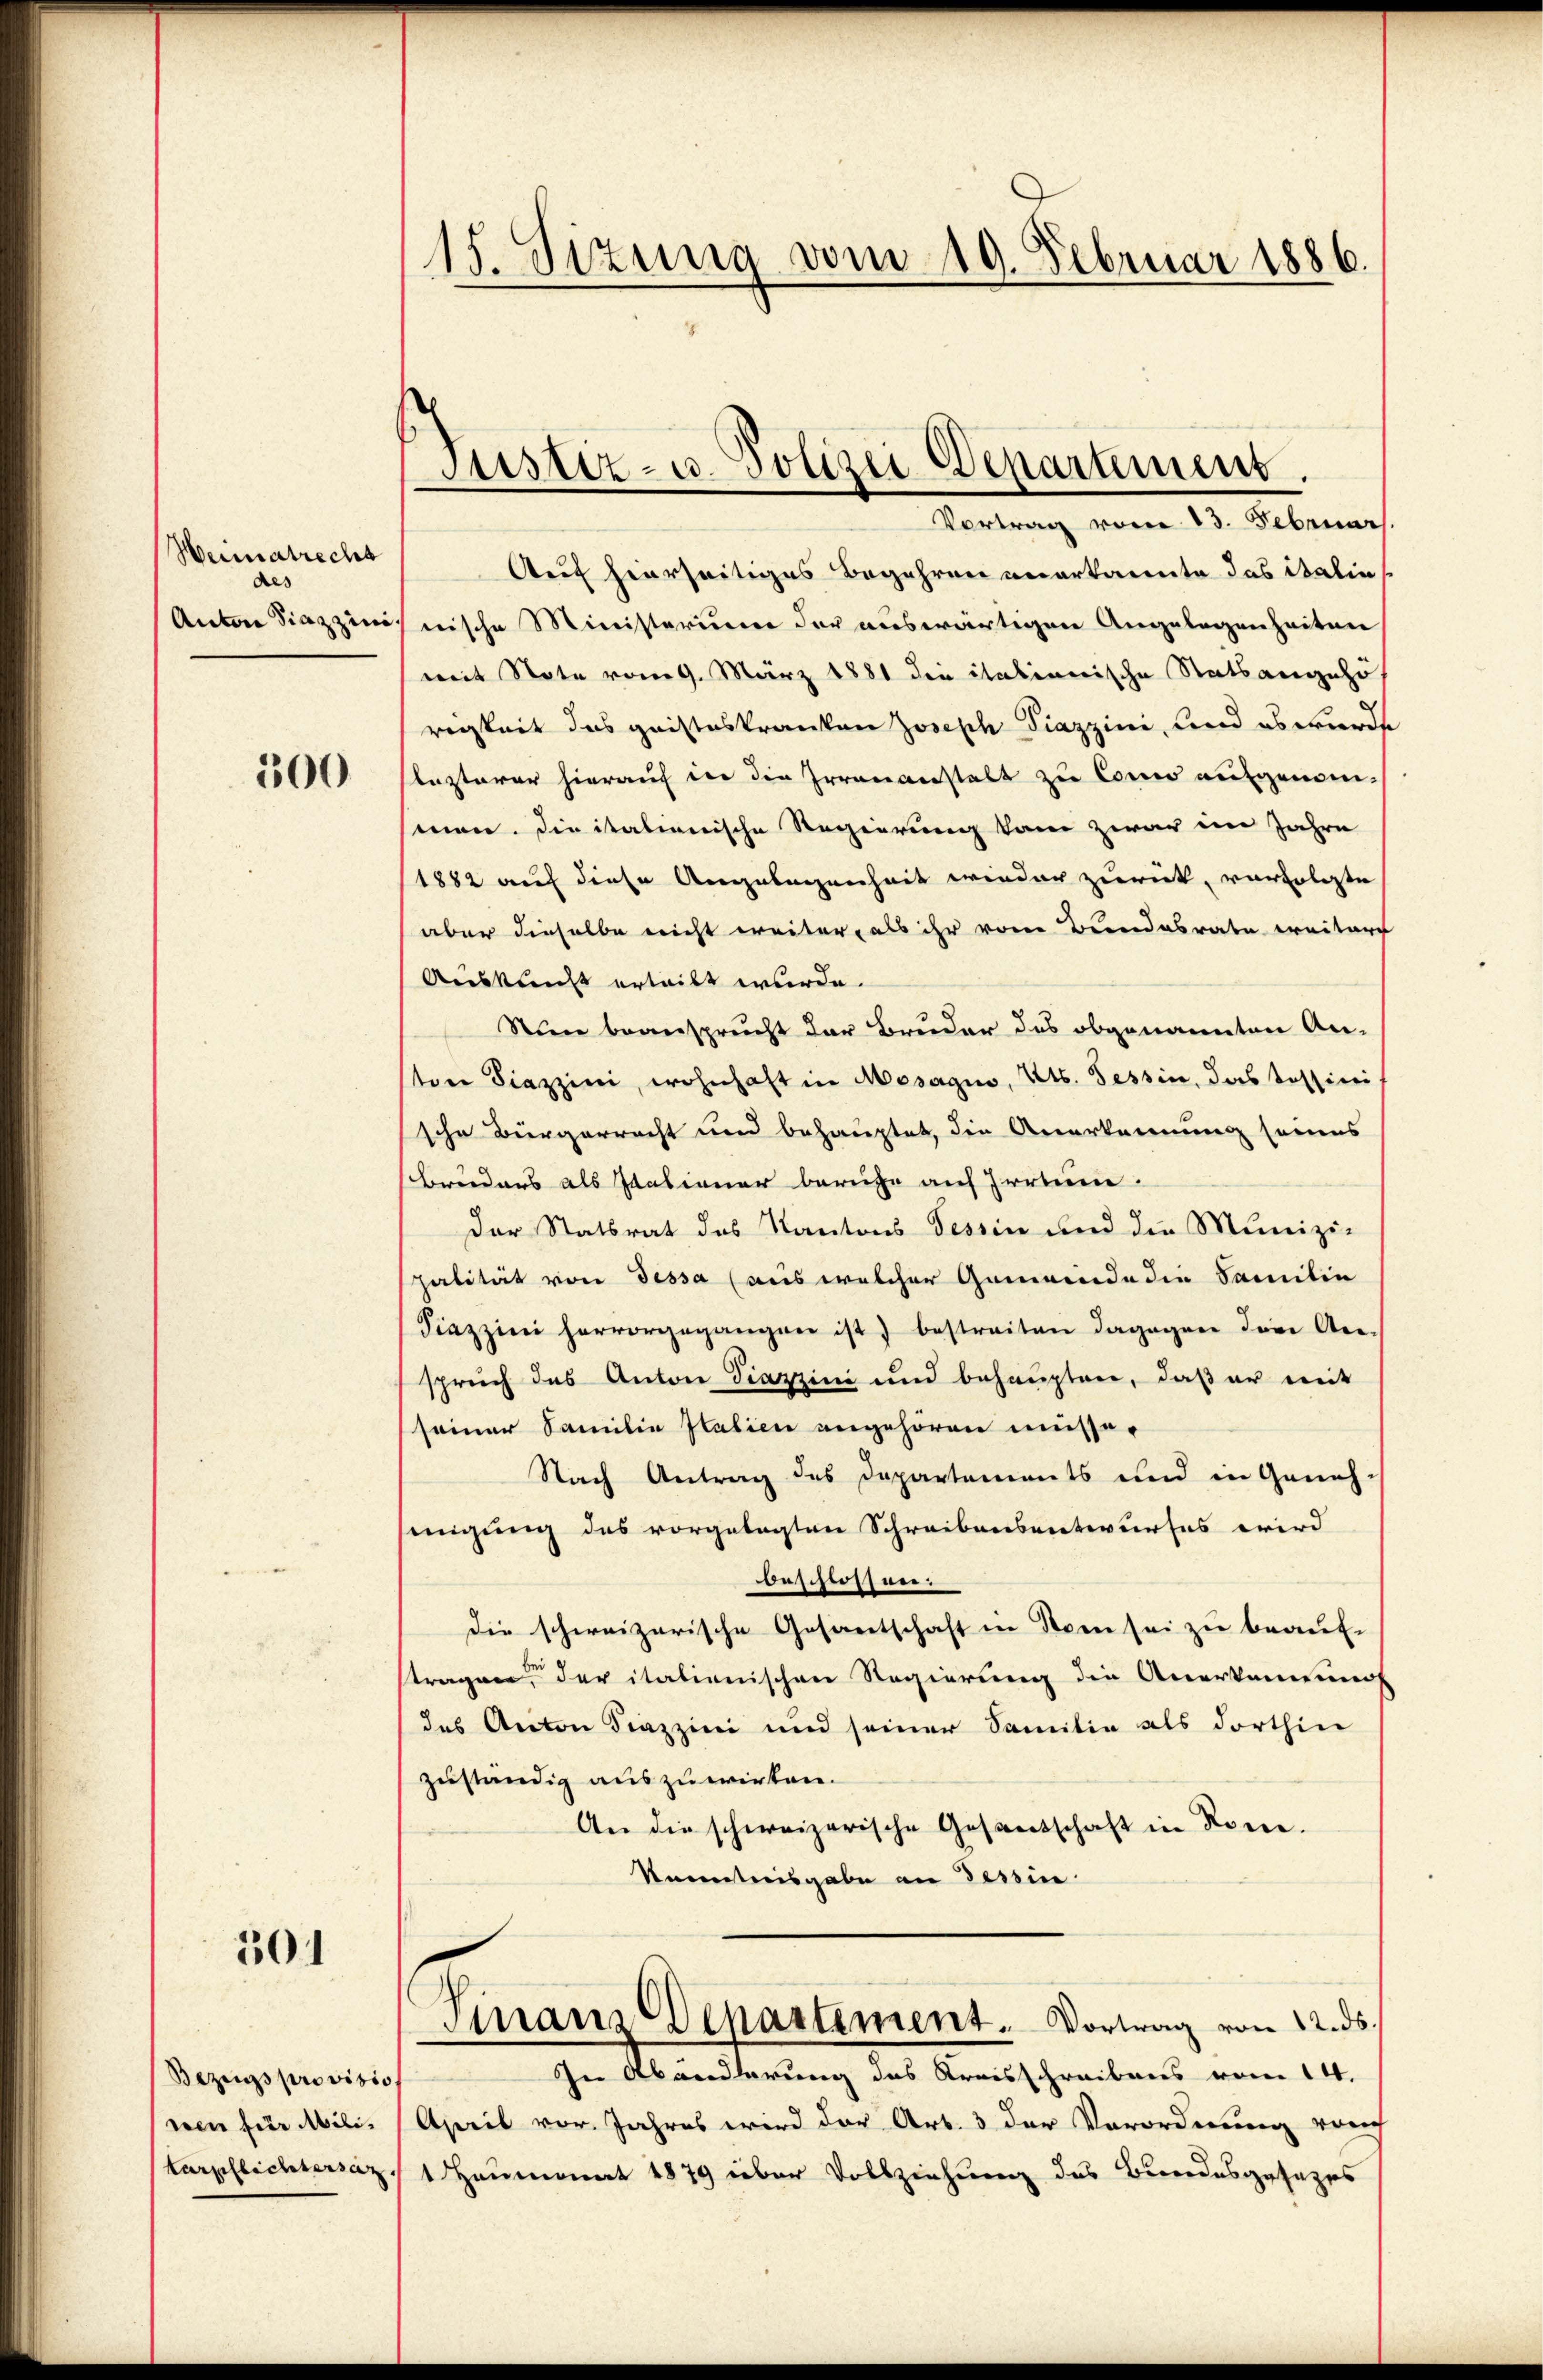
Weimatrecht
des
Anton Siazzini

300

301

Bezugs provisio
wen für Mili¬

15. Sizung vom 19. Februar 1886.

Auf hierseitiges Begehren anerkannte das italin
nische Ministerium der auswärtigen Angelegenheiten
mit Note vom 9. März 1881 die italienische Statsangehö
rigkeit das gaisteskranken Joseph Piazzini, und es wurde
lezterer hierauf der die Irrenanstalt zu Como aufgenommnen. Die italienische Regierung kam zwar im Jahre
1882 auf diese Angelegenheit wieder zurück, verfolgte
aber dieselbe nicht weiter, als ihr vom Bundesrate weitere
Auskunft erleibt wurde.
Nun beansprucht der Bruder des obgenannten An-
staer Piazzini, wohnhaft in Mosagio, Kts. Tessin, das Tessini,
sche Bürgerrecht und behauptet, die Anerkennung seines
Bruders als Italiener beruhe auf Irrtum.
Der Statsrat des Kantons Tessin und die Munizi-
palität von dessa (aus welcher Gemeinde die Familie
Piazzini hervorgegangen ist) bestreiten dagegen der An-
spruch das Anton Piazzini und behaupten, daß er mit
seiner Familie Italien angehören müsse.
Nach Antrag des Departements und in Geneh-
einigung des vorgelegten Schreibensentwurfes wird
Beschlossen:
die schweizerische Gesantschaft in Stren sei zu beaufstragen, der italienischen Regierung die Anerkennung
das Anton Fiazzini und seiner Sanitia als dorthin
zuständig auszuwirten.
An die schweizerische Gesandschaft in Rone.
kanntnisgabe an Tessin
Finanz-Departement. Vortrag von 12. ds.
In Abänderung des Kreisschreibens vom 14.
April vor. Jahres wird der Art. 3 der Verordnung vorch
Verpflichtersaz, 1. Heumonat 1879 über Vollziehung des Bundesgesezes

Justiz- u. Polizei-Departement.
Vortrag vom 13. Februar.